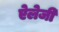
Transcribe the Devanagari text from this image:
ऐलेजी